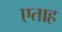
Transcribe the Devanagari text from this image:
एताह